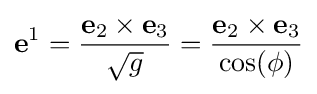
\mathbf {e} ^{1}={\frac {\mathbf {e} _{2}\times \mathbf {e} _{3}}{\sqrt {g}}}={\frac {\mathbf {e} _{2}\times \mathbf {e} _{3}}{\cos(\phi )}}